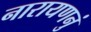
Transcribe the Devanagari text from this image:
नारायणनुं